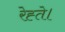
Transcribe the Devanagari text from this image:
रेह्ते।